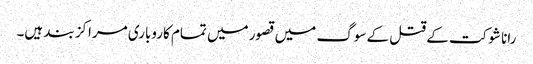
رانا شوکت کے قتل کے سوگ میں قصور میں تمام کاروباری مراکز بند ہیں۔